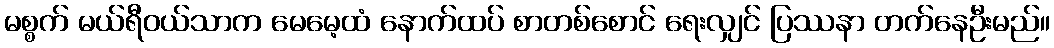
မစ္စက် မယ်ရီဝယ်သာက မေမေ့ထံ နောက်ထပ် စာတစ်စောင် ရေးလျှင် ပြဿနာ တက်နေဦးမည်။